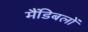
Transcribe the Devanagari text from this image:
मैंडिबलों